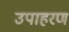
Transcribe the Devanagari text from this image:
उपाहरण